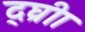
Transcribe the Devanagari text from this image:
द्घ्रीा